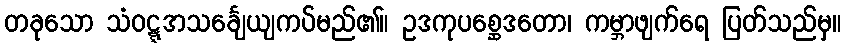
တခုသော သံဝဋ္ဋအသင်္ချေယျကပ်မည်၏။ ဥဒကုပစ္ဆေဒတော၊ ကမ္ဘာဖျက်ရေ ပြတ်သည်မှ။